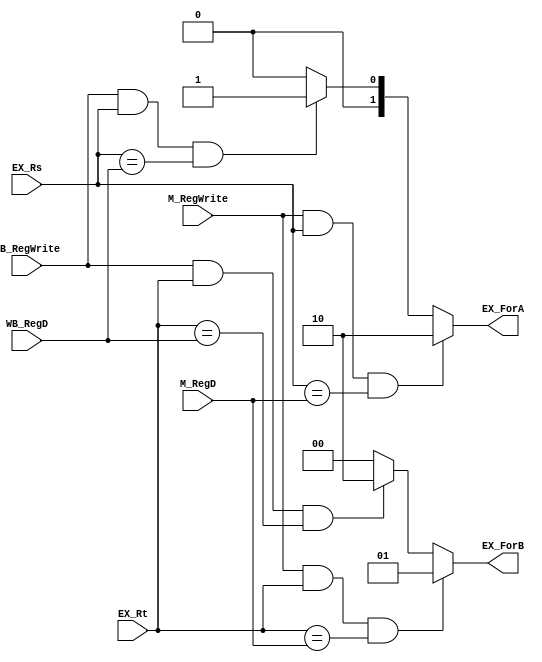
module Forw(
    input M_RegWrite,
    input WB_RegWrite,
    input [4:0] M_RegD,
    input [4:0] WB_RegD,
    input [4:0] EX_Rs,
    input [4:0] EX_Rt,
    output reg [1:0] EX_ForA,
    output reg [1:0] EX_ForB
);

always @*
begin
    if(M_RegWrite && EX_Rs && (EX_Rs == M_RegD))
    begin
        //M first, then WB, $0 is exception
        //TO-DO: Forward MemRead in MEM phase
                EX_ForA = 2'd2;
    end
    else
    begin
        if(WB_RegWrite && EX_Rs && (EX_Rs == WB_RegD))
            EX_ForA = 2'd1;
        else
            EX_ForA = 2'b0;
    end
end

always @*
begin
    if(M_RegWrite && EX_Rt && (EX_Rt == M_RegD))//M first, then WB, $0 is exception
        EX_ForB = 2'd1;
    else
    begin
        if(WB_RegWrite && EX_Rt && (EX_Rt == WB_RegD))
            EX_ForB = 2'd2;
        else
            EX_ForB = 2'b0;
    end
end

endmodule